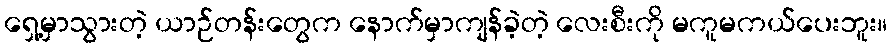
ရှေ့မှာသွားတဲ့ ယာဉ်တန်းတွေက နောက်မှာကျန်ခဲ့တဲ့ လေးစီးကို မကူမကယ်ပေးဘူး။